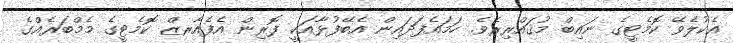
އެކުލެވޭ ކޮމެޓީގެ ނައިބް މުޤައްރިރެވެ. ހަމައެފަދައިން އެބޭފުޅާއަކީ ފޮރިން އެފެއާރޒް ކޮމެޓީގެ މެމްބަރެއްގެ